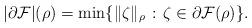
LaTeX: \begin{align*} |\partial \mathcal F|(\rho) = \min\{\|\zeta\|_\rho \;\! : \;\! \zeta\in\partial \mathcal F(\rho)\}.\end{align*}